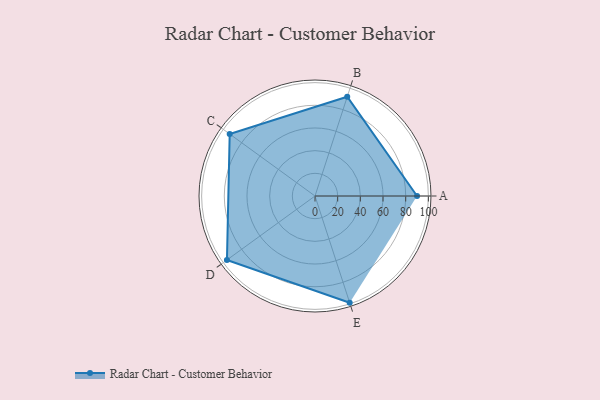
{"axis": {"x": "Skill", "y": "Score"}, "legend": ["Profile"], "data": [{"x": "A", "y": 90.0, "type": "Profile"}, {"x": "B", "y": 92.0, "type": "Profile"}, {"x": "C", "y": 93.0, "type": "Profile"}, {"x": "D", "y": 96.0, "type": "Profile"}, {"x": "E", "y": 99.0, "type": "Profile"}]}